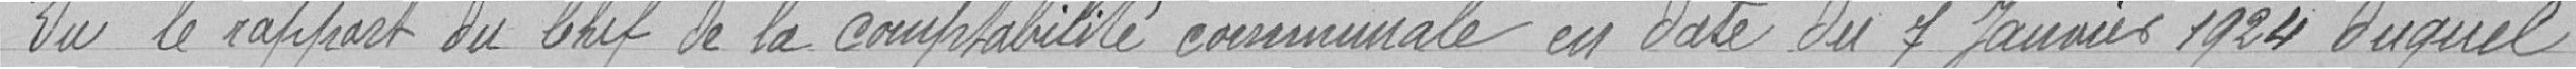
Vu le rapport du chef de la comptabilité communale en date du 7 janvier 1924 duquel